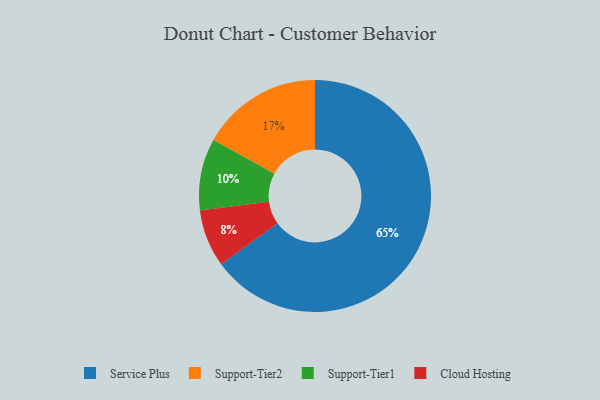
{"axis": {"x": "Category", "y": "Percentage"}, "legend": ["Cloud Hosting", "Service Plus", "Support-Tier1", "Support-Tier2"], "data": [{"x": "Service Plus", "y": 65, "type": "Service Plus"}, {"x": "Support-Tier2", "y": 17, "type": "Support-Tier2"}, {"x": "Cloud Hosting", "y": 8, "type": "Cloud Hosting"}, {"x": "Support-Tier1", "y": 10, "type": "Support-Tier1"}]}